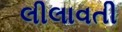
લીલાવતી